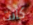
كانت